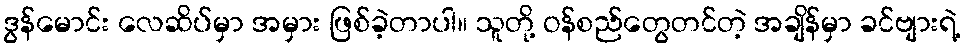
ဒွန်မောင်း လေဆိပ်မှာ အမှား ဖြစ်ခဲ့တာပါ။ သူတို့ ဝန်စည်တွေတင်တဲ့ အချိန်မှာ ခင်ဗျားရဲ့